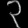
Digit: ၃